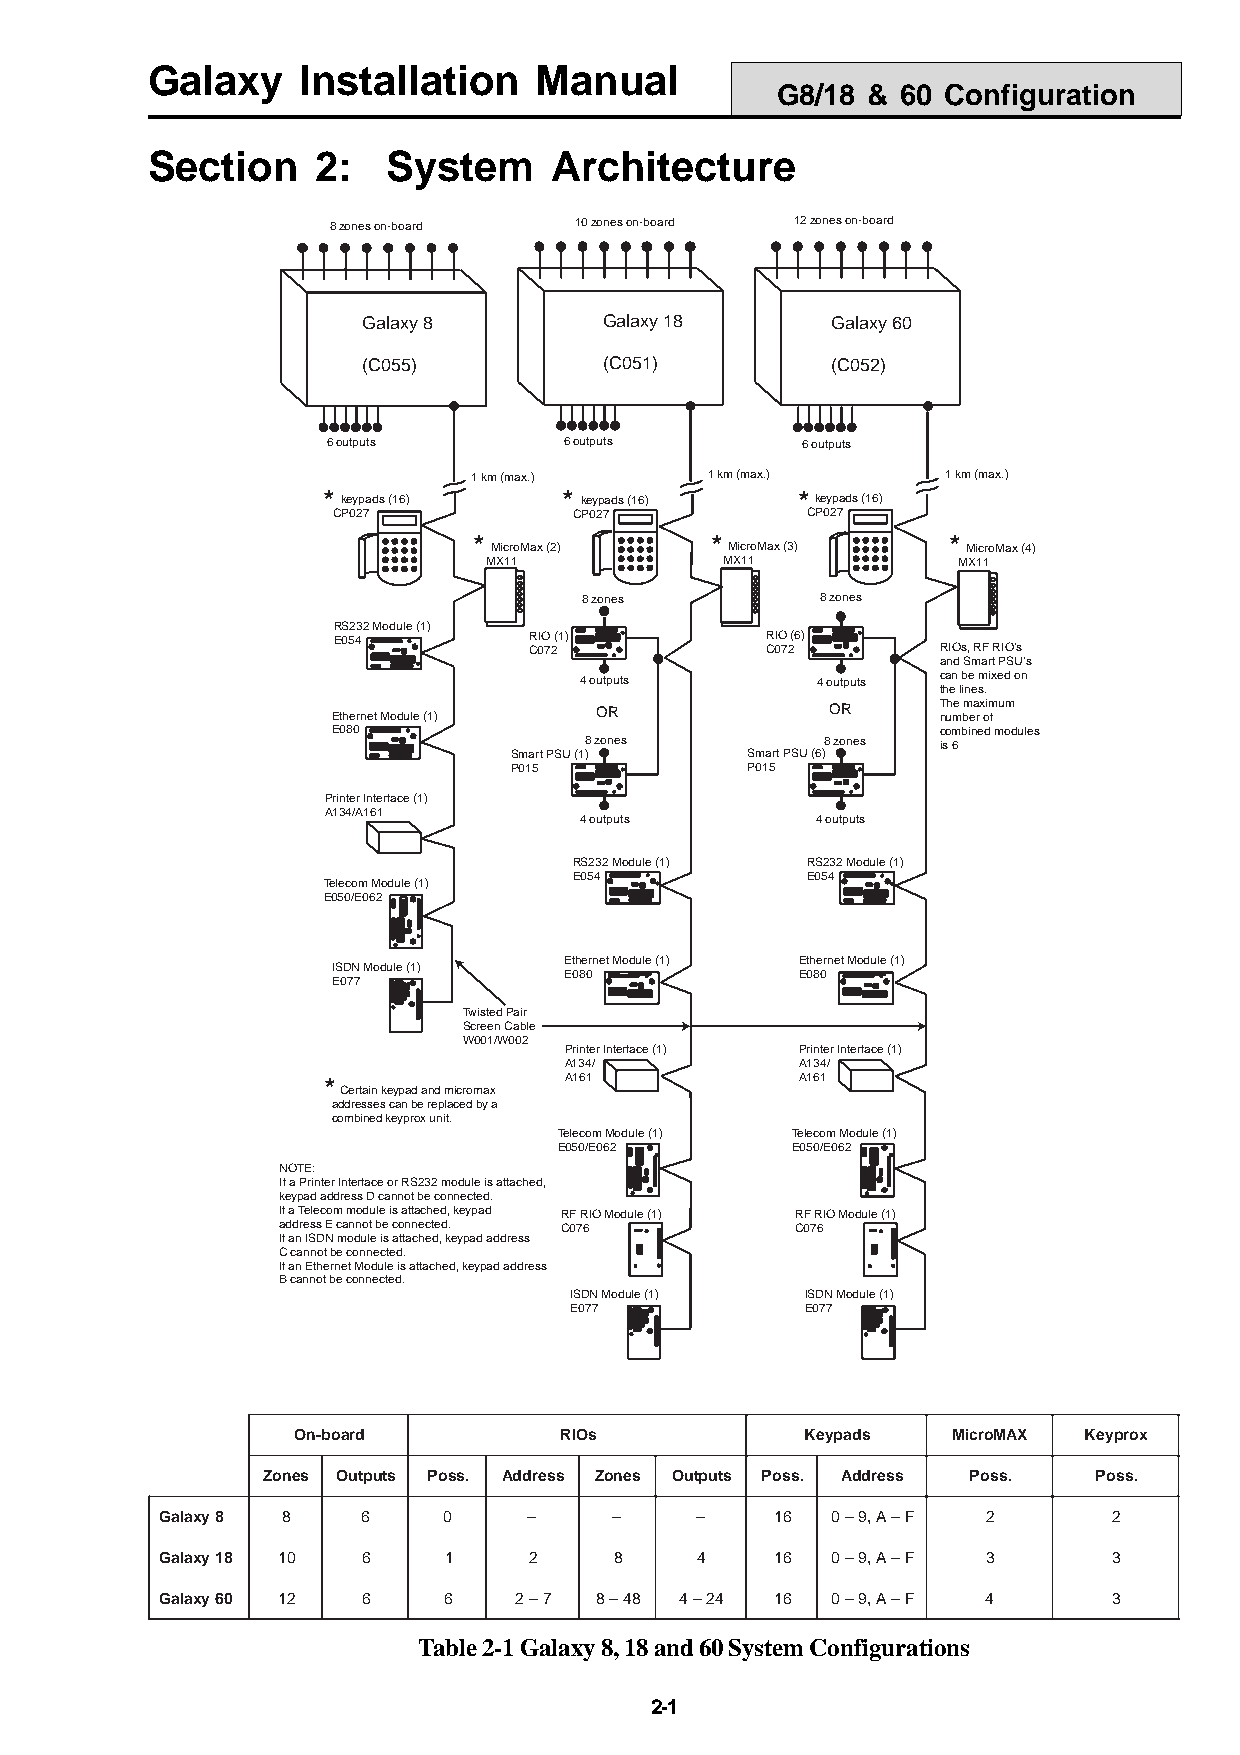
Galaxy    Installation   Manual
 G8/18 &  60 Configuration
 Section    2:   System    Architecture
 8 zones on-board 10 zones on-board 12 zones on-board
 Galaxy 8        Galaxy 18      Galaxy 60
 (C055)          (C051)         (C052)
 6 outputs      6 outputs       6 outputs
 1 km (max.)     1 km (max.)     1 km (max.)
 * keypads (16)  * keypads (16)  * keypads (16)
 CP027           CP027          CP027
 *               *               *
 MicroMax (2)   MicroMax (3)    MicroMax (4)
 MX11            MX11           MX11
 8 zones        8 zones
 RS232 Module (1)
 E054         RIO (1)         RIO (6)
 C072            C072       RIOs, RF RIO's
 and Smart PSU's
 4 outputs       4 outputs can be mixed on
 the lines.
 Ethernet Module (1) OR           OR     T nuh me bm ea r x oim fum
 E080                                    combined modules
 8 zones         8 zones is 6
 Smart PSU (1)  Smart PSU (6)
 P015           P015
 Printer Interface (1)
 A134/A161
 4 outputs       4 outputs
 RS232 Module (1) RS232 Module (1)
 E054           E054
 Telecom Module (1)
 E050/E062
 Ethernet Module (1) Ethernet Module (1)
 ISDN Module (1)
 E080            E080
 E077
 Twisted Pair
 Screen Cable
 W001/W002
 Printer Interface (1) Printer Interface (1)
 A134/           A134/
 *               A161            A161
 Certain keypad and micromax
 addresses can be replaced by a
 combined keyprox unit.
 Telecom Module (1) Telecom Module (1)
 E050/E062      E050/E062
 NOTE:
 If a Printer Interface or RS232 module is attached,
 keypad address D cannot be connected.
 If a Telecom module is attached, keypad RF RIO Module (1) RF RIO Module (1)
 address E cannot be connected. C076 C076
 If an ISDN module is attached, keypad address
 C cannot be connected.
 If an Ethernet Module is attached, keypad address
 B cannot be connected.
 ISDN Module (1) ISDN Module (1)
 E077           E077
 On-board          RIOs            Keypads   MicroMAX Keyprox
 Zones Outputs Poss. Address Zones Outputs Poss. Address Poss. Poss.
 Galaxy8 8    6    0     –     –    –    16  0–9,A–F   2        2
 Galaxy18 10  6    1     2     8    4    16  0–9,A–F   3        3
 Galaxy60 12  6    6    2–7  8–48  4–24  16  0–9,A–F   4        3
 Table 2-1 Galaxy 8, 18 and 60 System Configurations
 2-1